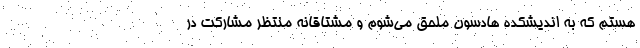
هستم که به اندیشکده هادسون ملحق می‌شوم و مشتاقانه منتظر مشارکت در